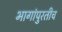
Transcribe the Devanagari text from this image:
भागांपुरतीच